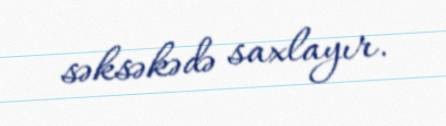
səksəkədə saxlayır.